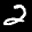
Label: 2